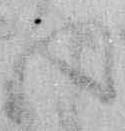
れ